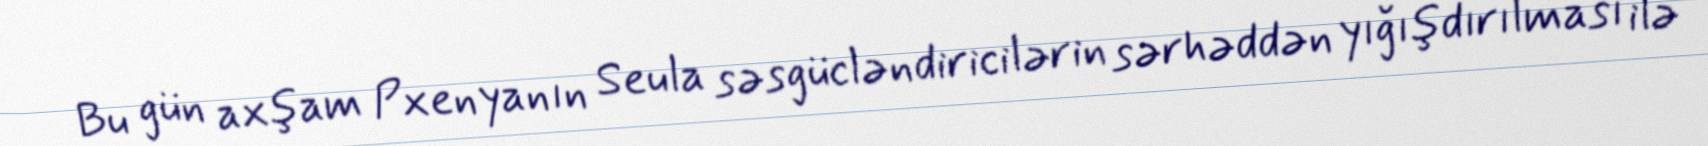
Bu gün axşam Pxenyanın Seula səsgücləndiricilərin sərhəddən yığışdırılması ilə